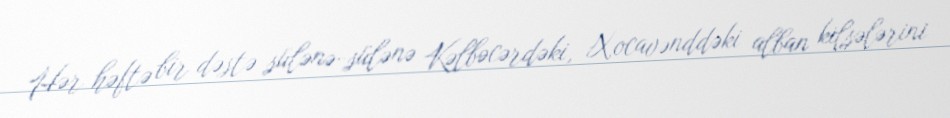
Hər həftə bir dəstə sülənə-sülənə Kəlbəcərdəki, Xocavənddəki alban kilsələrini